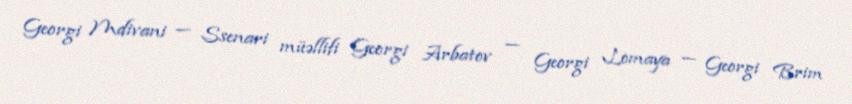
Georgi Mdivani — Ssenari müəllifi Georgi Arbatov — Georgi Lomaya — Georgi Brim